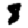
Digit: 8